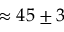
\approx 4 5 \pm 3